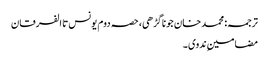
ترجمہ: محمد خان جوناگڑھی، حصہ دوم یونس تا الفرقان
مضامینِ ندوی ۔